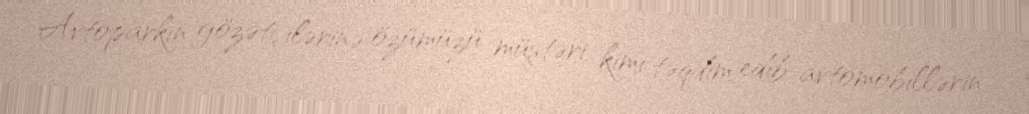
Avtoparkın gözətçilərinə özümüzü müştəri kimi təqdim edib avtomobillərin